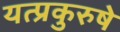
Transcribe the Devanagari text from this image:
यत्प्रकुरुषे